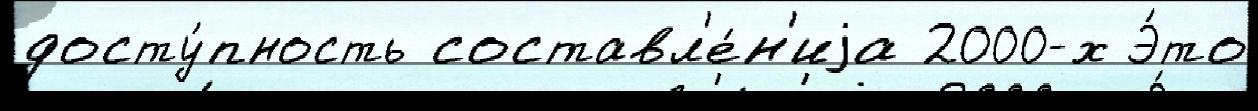
досту́пность составл'е́н'иjа 2000-х Э́то